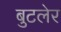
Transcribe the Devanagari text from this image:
बुटलेर